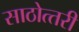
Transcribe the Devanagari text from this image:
साठोत्‍तरी